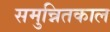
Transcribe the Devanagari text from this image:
समुन्नितकाल